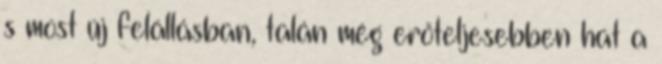
s most új felállásban, talán még erőteljesebben hat a